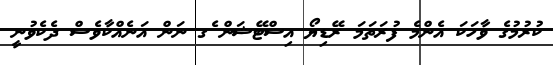
ކުރުމުގެ ވާހަކަ އެންމެ ފުރަތަމަ ރޭޑިޔޯ އިސްޓޭޝަން ެގ ނަން އަނެއްކާވެސް ދެކެވުނީ